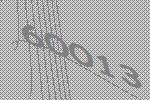
60013